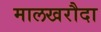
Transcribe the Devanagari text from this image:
मालखरौदा